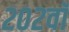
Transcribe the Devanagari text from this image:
२०२वॉ